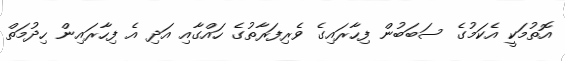
އޮތުމަކީ އެކަމުގެ ސަބަބުން ފިހާރައިގެ ވެރިފަރާތުގެ ހައްގާއި އަދި އެ ފިހާރައިން ހިދުމަތް